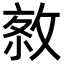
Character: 𢽮